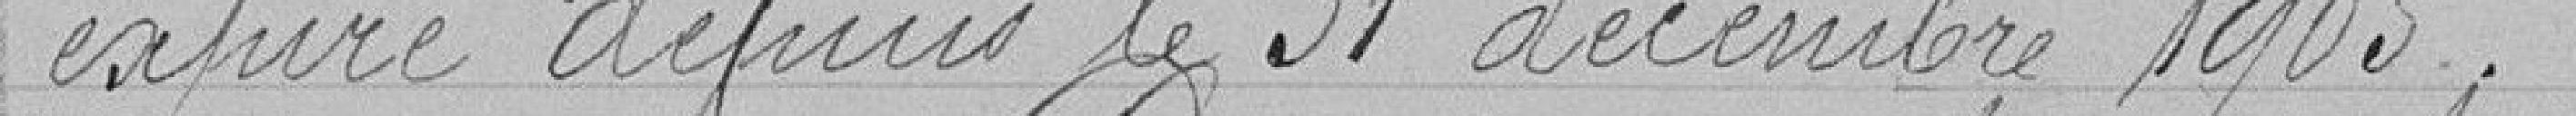
expire depuis le trente-et-un décembre 1905.